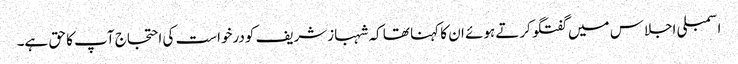
اسمبلی اجلاس میں گفتگو کرتے ہوئے ان کا کہنا تھا کہ شہبازشریف کودرخواست کی احتجاج آپ کا حق ہے۔